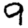
Digit: 9